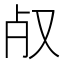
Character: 𣦻